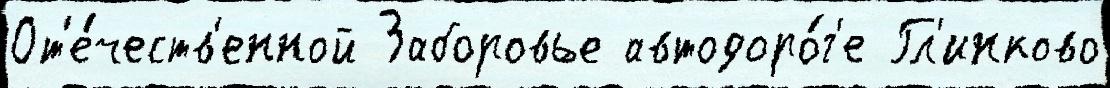
От'е́честв'енной Заборовье автодоро́г'е Гл'инково